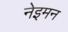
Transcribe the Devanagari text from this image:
नेइमन